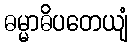
ဓမ္မာဓိပတေယျံ